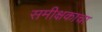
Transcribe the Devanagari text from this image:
समीक्षकाचा